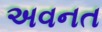
અવનત